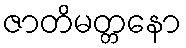
ဇာတိမတ္တနော